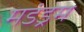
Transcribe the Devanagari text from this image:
मडंड्रम